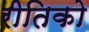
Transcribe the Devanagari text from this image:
रीतिको